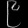
Digit: ၉